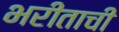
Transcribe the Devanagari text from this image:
भरीताची